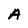
Character: A